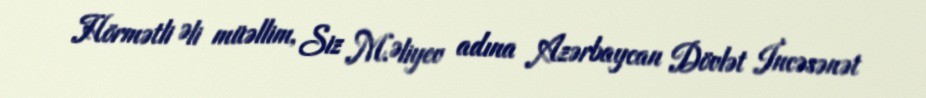
Hörmətli Əli müəllim, Siz M.Əliyev adına Azərbaycan Dövlət İncəsənət